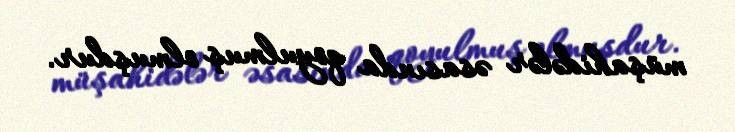
müşahidələr əsasında qoyulmuş olmuşdur.